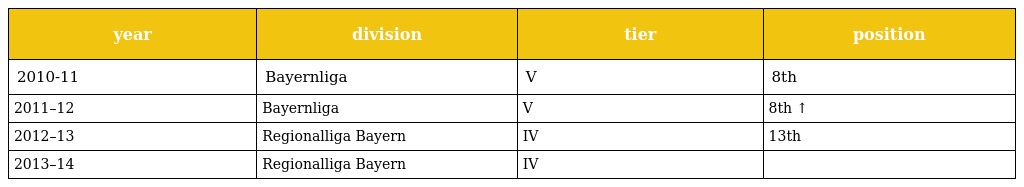
| year | division | tier | position |
 | --- | --- | --- | --- |
 | 2010-11 | Bayernliga | V | 8th |
 | 2011–12 | Bayernliga | V | 8th ↑ |
 | 2012–13 | Regionalliga Bayern | IV | 13th |
 | 2013–14 | Regionalliga Bayern | IV |  |